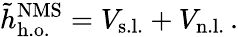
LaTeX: \tilde{h}_{\mathrm{h.o.}}^{\mathrm{NMS}}=V_{\mathrm{s.l.}}+V_{\mathrm{n.l.}}\, .